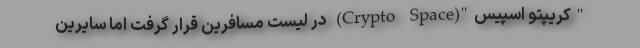
"کریپتو اسپیس"(Crypto Space) در لیست مسافرین قرار گرفت اما سایرین